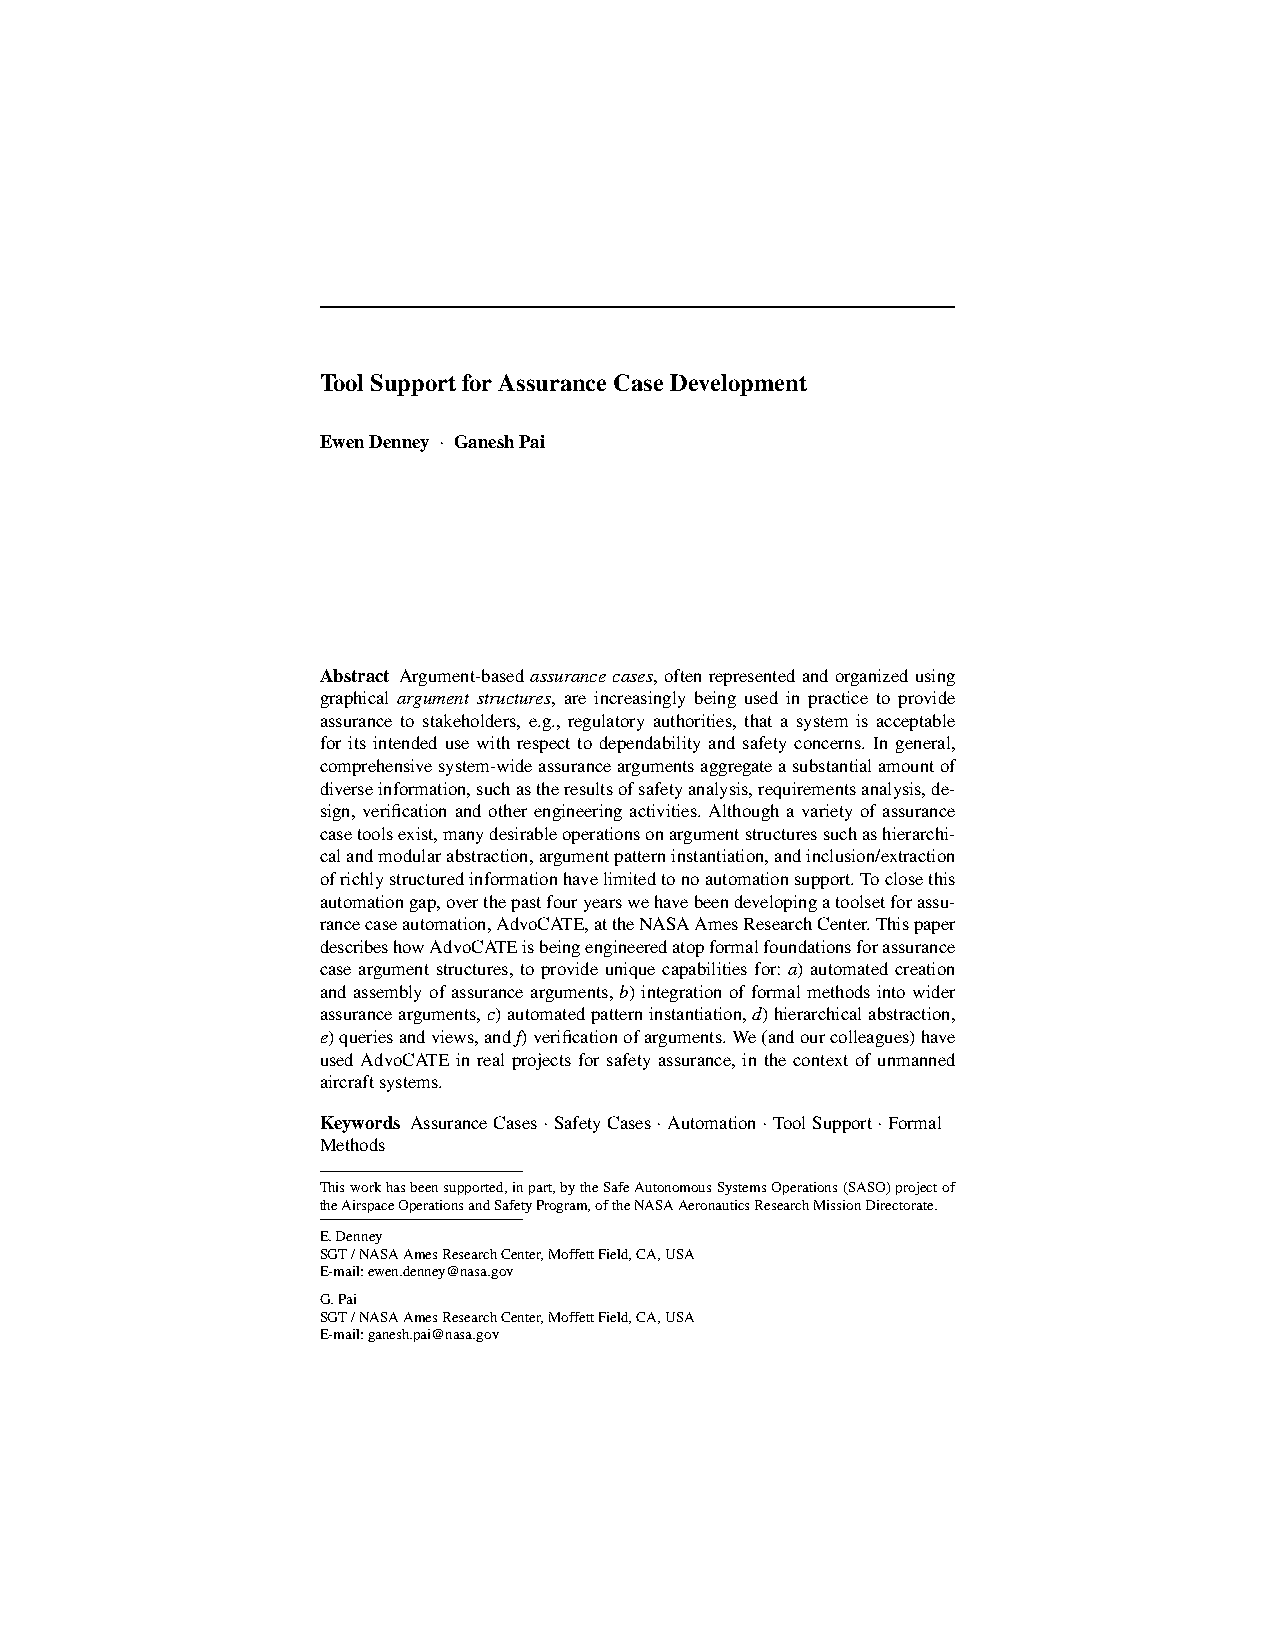
AutomatedSoftwareEngineeringmanuscriptNo.
 (willbeinsertedbytheeditor)
 ToolSupportforAssuranceCaseDevelopment
 EwenDenney GaneshPai
 ·
 Received:date/Accepted:date
 Abstract Argument-basedassurancecases,oftenrepresentedandorganizedusing
 graphical argument structures, are increasingly being used in practice to provide
 assurance to stakeholders, e.g., regulatory authorities, that a system is acceptable
 for its intended use with respect to dependability and safety concerns. In general,
 comprehensivesystem-wideassuranceargumentsaggregateasubstantialamountof
 diverseinformation,suchastheresultsofsafetyanalysis,requirementsanalysis,de-
 sign, verification and other engineering activities. Although a variety of assurance
 casetoolsexist,manydesirableoperationsonargumentstructuressuchashierarchi-
 calandmodularabstraction,argumentpatterninstantiation,andinclusion/extraction
 ofrichlystructuredinformationhavelimitedtonoautomationsupport.Toclosethis
 automationgap,overthepastfouryearswehavebeendevelopingatoolsetforassu-
 rancecaseautomation,AdvoCATE,attheNASAAmesResearchCenter.Thispaper
 describeshowAdvoCATEisbeingengineeredatopformalfoundationsforassurance
 case argument structures, to provide unique capabilities for: a) automated creation
 andassemblyofassurancearguments,b)integrationofformalmethodsintowider
 assurancearguments,c)automatedpatterninstantiation,d)hierarchicalabstraction,
 e)queriesandviews,andf)verificationofarguments.We(andourcolleagues)have
 used AdvoCATE in real projects for safety assurance, in the context of unmanned
 aircraftsystems.
 Keywords AssuranceCases SafetyCases Automation ToolSupport Formal
 ·      ·      ·       ·
 Methods
 Thisworkhasbeensupported,inpart,bytheSafeAutonomousSystemsOperations(SASO)projectof
 theAirspaceOperationsandSafetyProgram,oftheNASAAeronauticsResearchMissionDirectorate.
 E.Denney
 SGT/NASAAmesResearchCenter,MoffettField,CA,USA
 E-mail:ewen.denney@nasa.gov
 G.Pai
 SGT/NASAAmesResearchCenter,MoffettField,CA,USA
 E-mail:ganesh.pai@nasa.gov